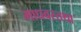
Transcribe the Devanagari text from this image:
माधवस्तथा